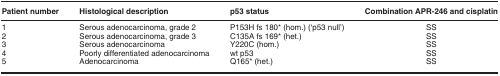
<table><thead><tr><td><b>Patient number</b></td><td><b>Histological description</b></td><td><b>p53 status</b></td><td><b>Combination APR-246 and cisplatin</b></td></tr></thead><tbody><tr><td>1</td><td>Serous adenocarcinoma, grade 2</td><td>P153H fs 180* (hom.) (‘p53 null&#x27;)</td><td>SS</td></tr><tr><td>2</td><td>Serous adenocarcinoma, grade 3</td><td>C135A fs 169* (het.)</td><td>SS</td></tr><tr><td>3</td><td>Serous adenocarcinoma</td><td>Y220C (hom.)</td><td>SS</td></tr><tr><td>4</td><td>Poorly differentiated adenocarcinoma</td><td>wt p53</td><td>SS</td></tr><tr><td>5</td><td>Adenocarcinoma</td><td>Q165* (het.)</td><td>SS</td></tr></tbody></table>